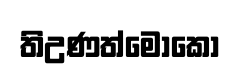
තිඋණත්මොකො